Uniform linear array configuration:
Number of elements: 64
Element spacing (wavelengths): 1
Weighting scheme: hamming
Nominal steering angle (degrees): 60
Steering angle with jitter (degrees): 59.889
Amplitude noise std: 0.05
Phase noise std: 0.05

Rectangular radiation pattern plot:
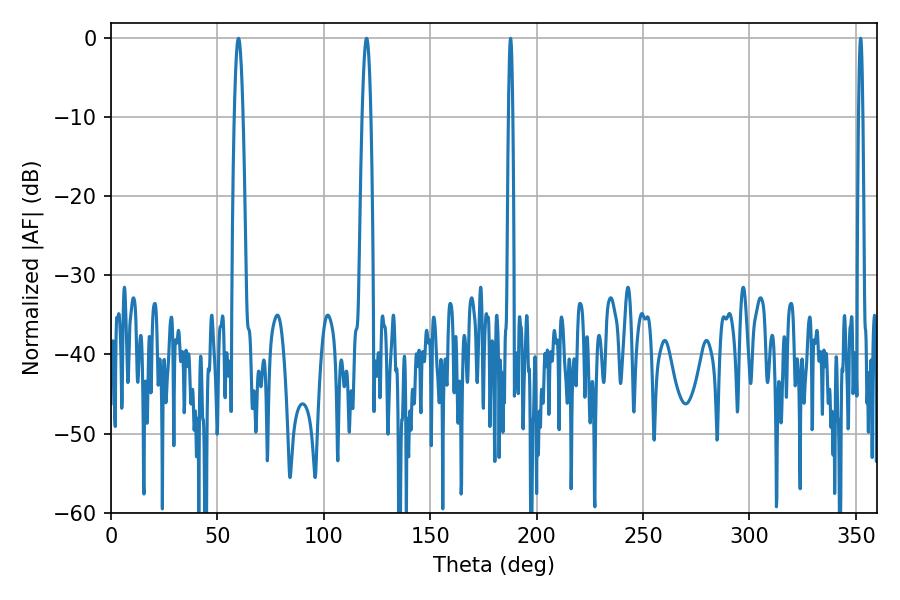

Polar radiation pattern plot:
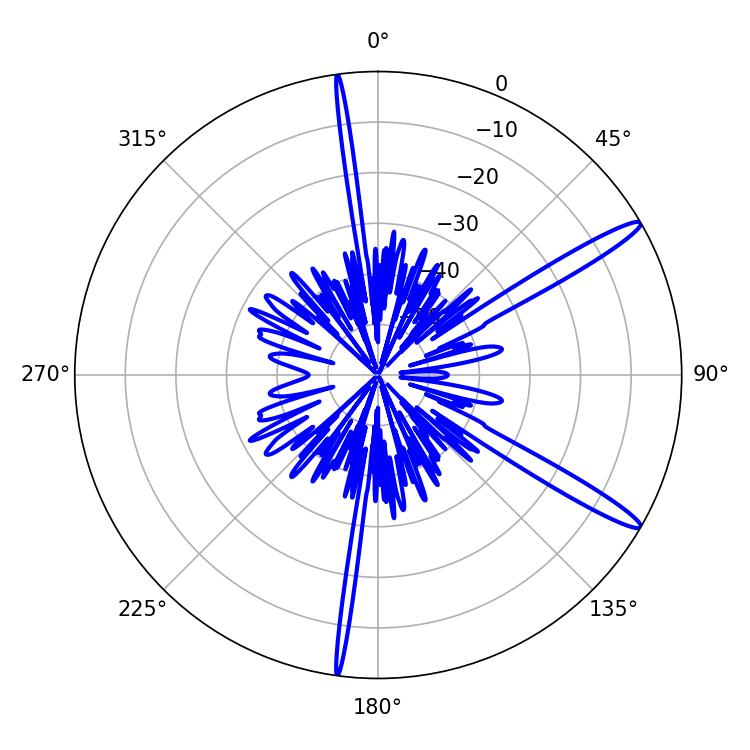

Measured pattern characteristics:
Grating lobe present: TRUE
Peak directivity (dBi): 14.625
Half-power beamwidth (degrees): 1.08
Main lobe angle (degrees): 187.74